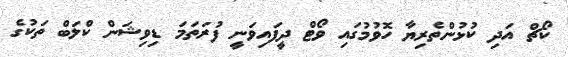
ކޯޗް އަދި ކުޅުންތެރިޔާ ހޮވުމުގައި ވޯޓް ދީފައިވަނީ ފުރަތަމަ ޑިވިޝަން ކްލަބް ތަކުގެ